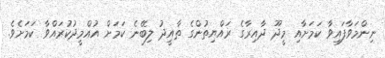
ނިންމަވާފައިވާ ކަމަށާއި މީދޫ ދާއިރާގެ ރައްޔިތުންގެ ތާއީދު ލިބޭނެ ކަމަށް އުއްމީދުކުރައްވާ ކަމަށެވެ.